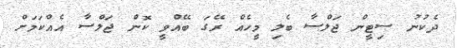
ދެކުނު ސިޓީން ޖަލްސާ ބެލި މީހެއް ރޭގަ ބޭއްވީ ކޮން ޖަލްސާ އެއްކަމަށް